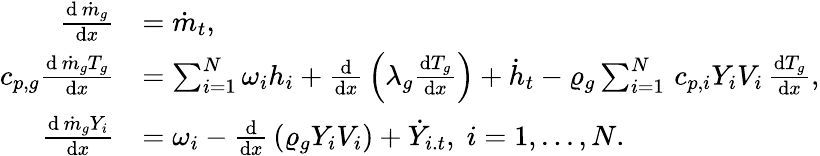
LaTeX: \begin{array}{rl}{\frac{\mathrm{d}\, \dot{m}_{g}}{\mathrm{d}x}}&{=\dot{m}_{t},}\\ {c_{p,g}\frac{\mathrm{d}\, \dot{m}_{g}T_{g}}{\mathrm{d}x}}&{=\sum_{i=1}^{N}\omega_{i}h_{i}+\frac{\mathrm{d}}{\mathrm{d}x}\, \left(\lambda_{g}\frac{\mathrm{d}T_{g}}{\mathrm{d}x}\right)+\dot{h}_{t}-\varrho_{g}\sum_{i=1}^{N}\, c_{p,i}Y_{i}V_{i}\, \frac{\mathrm{d}T_{g}}{\mathrm{d}x},}\\ {\frac{\mathrm{d}\, \dot{m}_{g}Y_{i}}{\mathrm{d}x}}&{=\omega_{i}-\frac{\mathrm{d}}{\mathrm{d}x}\, \left(\varrho_{g}Y_{i}V_{i}\right)+\dot{Y}_{i.t},\; i=1,...,N.}\end{array}